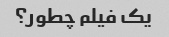
یک فیلم چطور؟